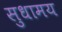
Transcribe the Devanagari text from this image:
सुधामय